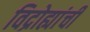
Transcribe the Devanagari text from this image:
विद्रोह्यांची